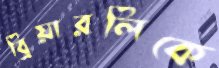
ব্রিয়ারলিকে